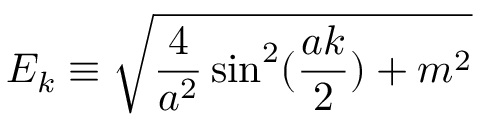
E _ { k } \equiv \sqrt { \frac { 4 } { a ^ { 2 } } \sin ^ { 2 } ( \frac { a k } { 2 } ) + m ^ { 2 } }